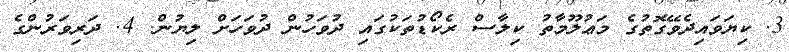
3. ކިޔަވައިދެވޭގޮތުގެ މަޢުލޫމާތު ކިލާސް ރެކޯޑުތަކުގައި ދުވަހުން ދުވަހަށް ލިޔުން. 4. ދަރިވަރުންގެ